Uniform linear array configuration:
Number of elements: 8
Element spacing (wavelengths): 1
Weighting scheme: cosine
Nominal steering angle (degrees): -30
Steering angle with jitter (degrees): -29.617
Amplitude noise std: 0.05
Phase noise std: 0.05

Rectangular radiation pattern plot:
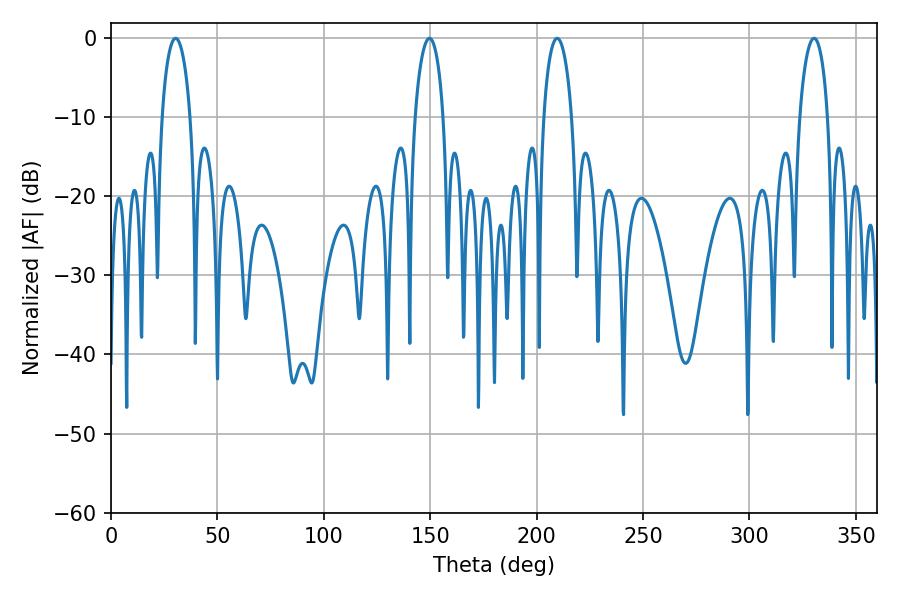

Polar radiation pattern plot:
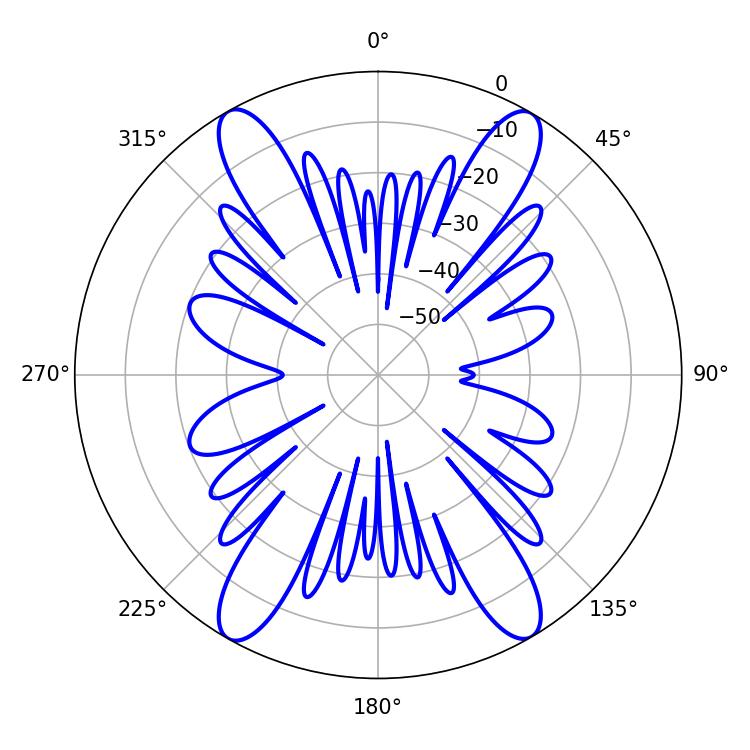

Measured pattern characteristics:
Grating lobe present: TRUE
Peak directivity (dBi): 28.075
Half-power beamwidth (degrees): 7.56
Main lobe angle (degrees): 30.42